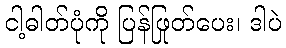
ငါ့ဓါတ်ပုံကို ပြန်ဖြုတ်ပေး၊ ဒါပဲ